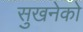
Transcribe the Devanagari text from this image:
सुखनेको